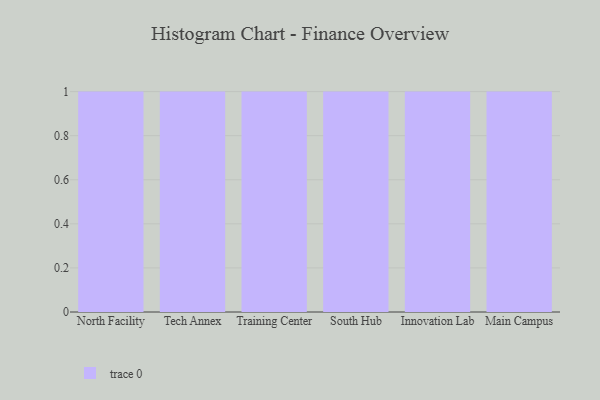
{"axis": {"x": "Campus", "y": "Shipments"}, "legend": [""], "data": [{"x": "North Facility", "y": 21, "type": ""}, {"x": "Tech Annex", "y": 12, "type": ""}, {"x": "Training Center", "y": 39, "type": ""}, {"x": "South Hub", "y": 20, "type": ""}, {"x": "Innovation Lab", "y": 61, "type": ""}, {"x": "Main Campus", "y": 25, "type": ""}]}